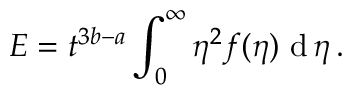
E = t ^ { 3 b - a } \int _ { 0 } ^ { \infty } \eta ^ { 2 } f ( \eta ) \, \, \mathrm { d } \, \eta \, .